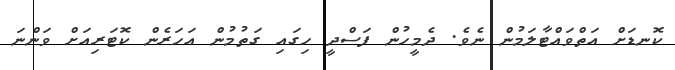
ކޮނޑަށް އަތްވައްޓާލަމުން ނެވެ. ދެމީހުން ފަސްދީ ހިގައި ގަތުމުން އަހަރެން ކޮޓަރިއަށް ވަންނަ